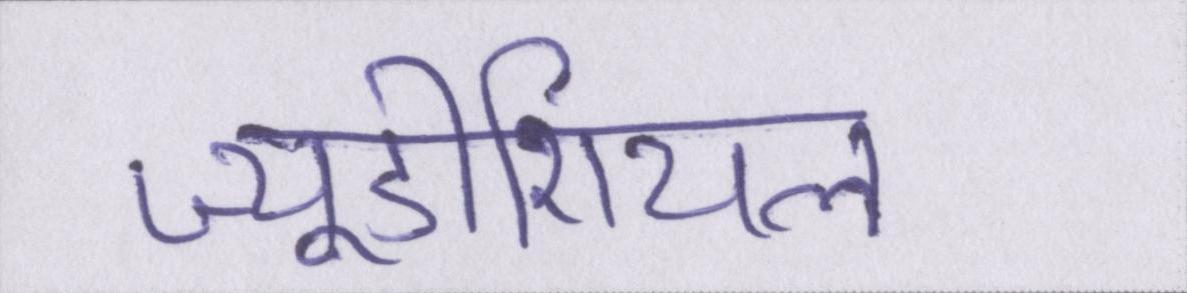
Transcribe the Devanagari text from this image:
ज्यूडीशियल